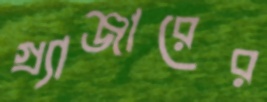
গ্র্যাঞ্জারের